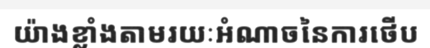
យ៉ាងខ្លាំងតាមរយៈអំណាចនៃការថើប